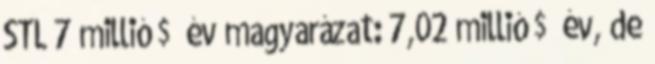
STL 7 millió $ év magyarázat: 7,02 millió $ év, de